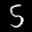
Label: 5